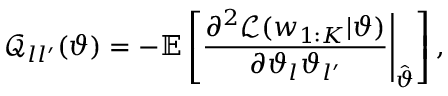
\mathcal { Q } _ { l l ^ { \prime } } ( \vartheta ) = - \mathbb { E } \left[ \frac { \partial ^ { 2 } \mathcal { L } ( w _ { 1 : K } | \vartheta ) } { \partial \vartheta _ { l } \vartheta _ { l ^ { \prime } } } \Bigg | _ { \hat { \vartheta } } \right] ,